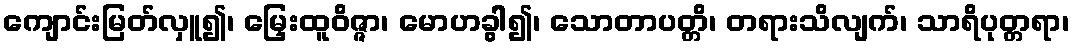
ကျောင်းမြတ်လှူ၍၊ မြှေးထူဝိဇ္ဇာ၊ မောဟခွါ၍၊ သောတာပတ္တိ၊ တရားသိလျက်၊ သာရိပုတ္တရာ၊